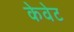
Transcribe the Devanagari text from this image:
केवेट